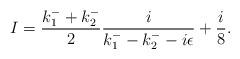
LaTeX: \begin{align*}I=\frac{k_{1}^{-}+k_{2}^{-}}{2}\frac{i}{k_{1}^{-}-k_{2}^{-}-i\epsilon} +\frac{i}{8}.\end{align*}